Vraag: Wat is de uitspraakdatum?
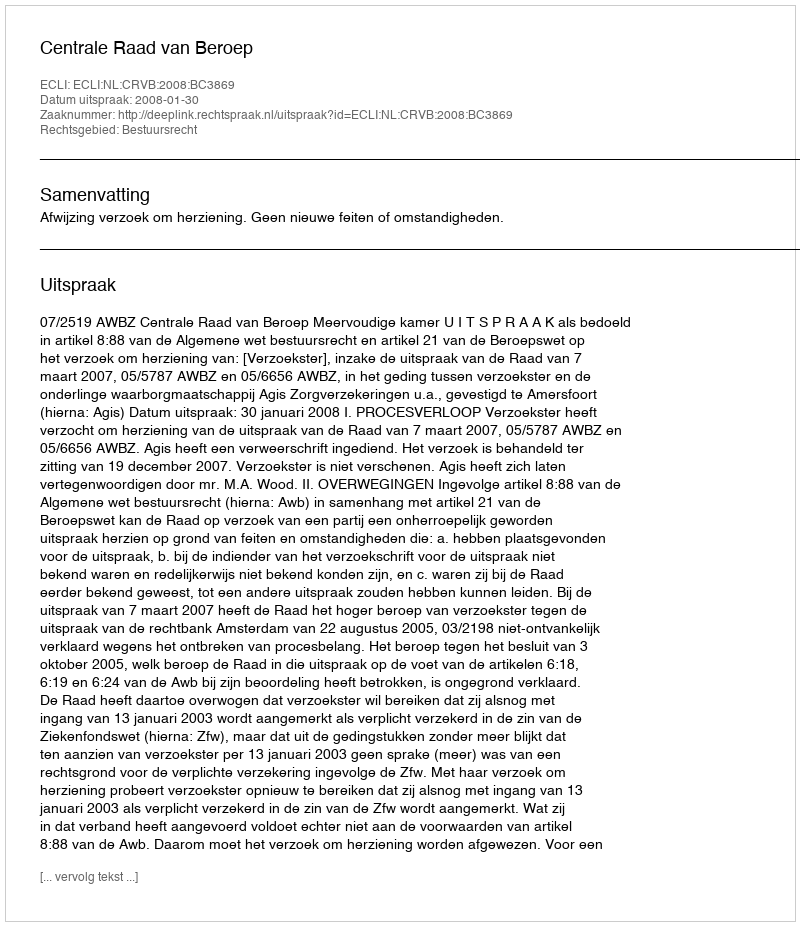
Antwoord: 2008-01-30